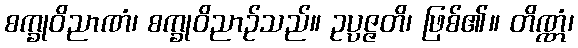
စက္ခုဝိညာဏံ၊ စက္ခုဝိညာဉ်သည်။ ဥပ္ပဇ္ဇတိ၊ ဖြစ်၏။ တိဏ္ဏံ၊